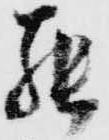
罷